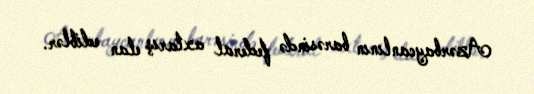
Azərbaycanlının barəsində federal axtarış elan ediblər.